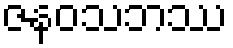
ဇနဝသဘဿ